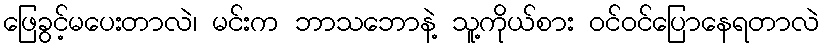
ဖြေခွင့်မပေးတာလဲ၊ မင်းက ဘာသဘောနဲ့ သူ့ကိုယ်စား ဝင်ဝင်ပြောနေရတာလဲ